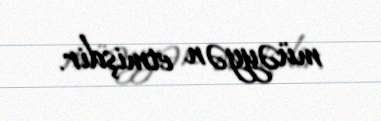
müəyyən etmişdir.